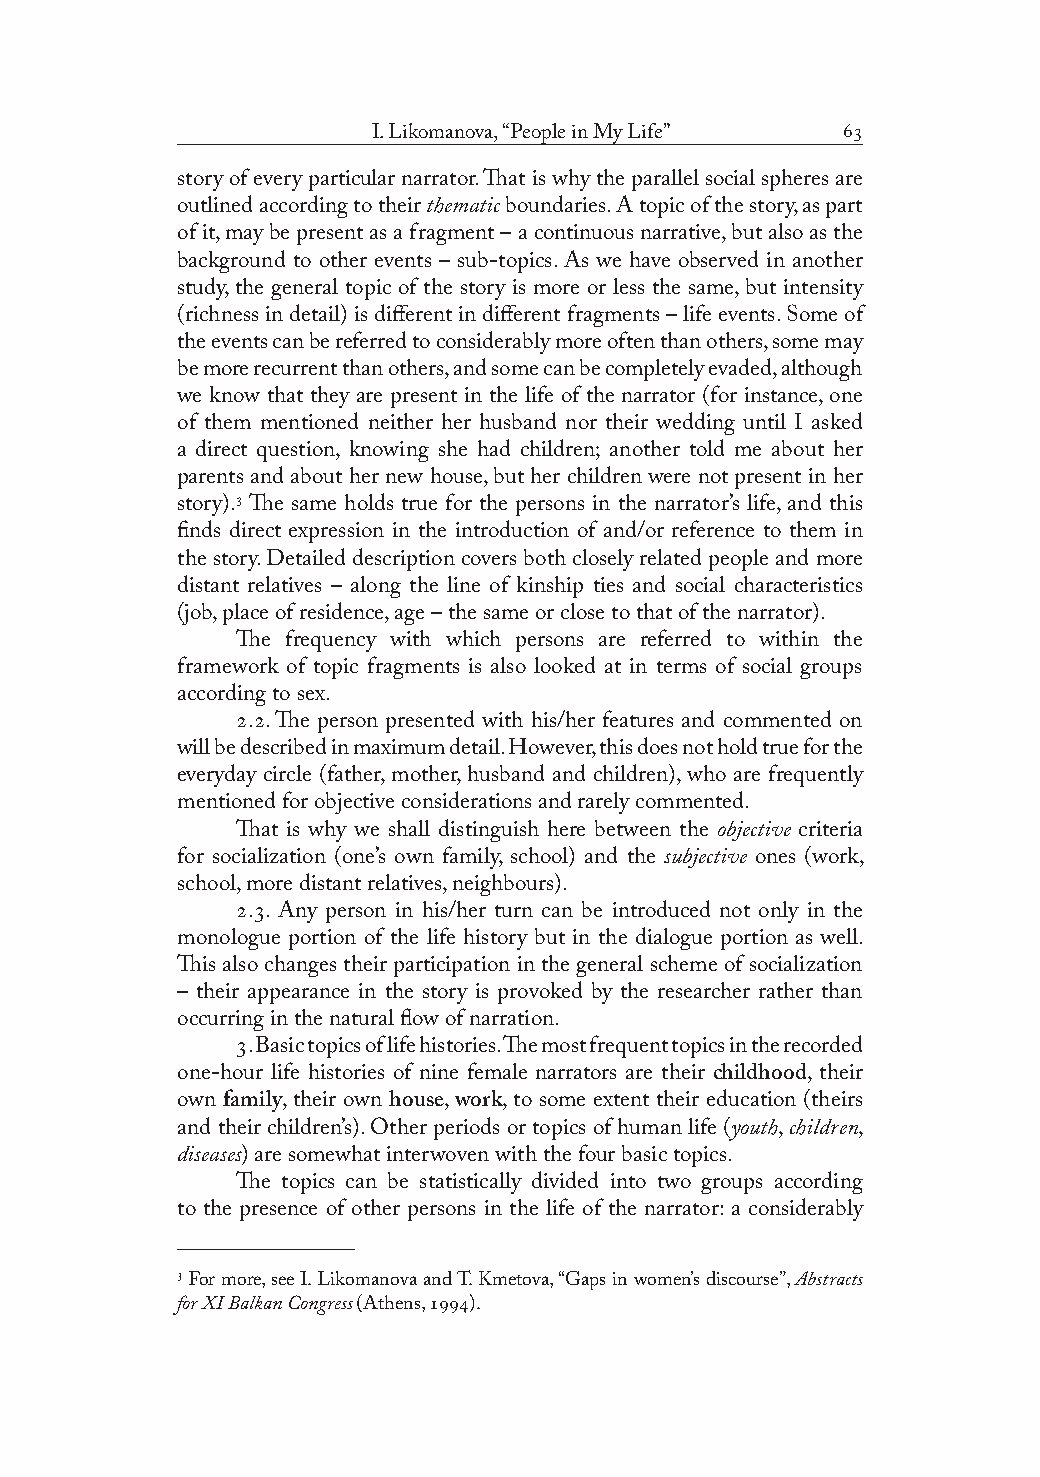
I. Likomanova, “People in My Life” 
 story of every particular narrator. That is why the parallel social spheres are
 outlined according to their thematic boundaries. A topic of the story, as part
 of it, may be present as a fragment – a continuous narrative, but also as the
 background to other events – sub-topics. As we have observed in another
 study, the general topic of the story is more or less the same, but intensity
 (richness in detail) is different in different fragments – life events. Some of
 the events can be referred to considerably more often than others, some may
 be more recurrent than others, and some can be completely evaded, although
 we know that they are present in the life of the narrator (for instance, one
 of them mentioned neither her husband nor their wedding until I asked
 a direct question, knowing she had children; another told me about her
 parents and about her new house, but her children were not present in her
 story). The same holds true for the persons in the narrator’s life, and this
 finds direct expression in the introduction of and/or reference to them in
 the story. Detailed description covers both closely related people and more
 distant relatives – along the line of kinship ties and social characteristics
 (job, place of residence, age – the same or close to that of the narrator).
 The frequency with which persons are referred to within the
 framework of topic fragments is also looked at in terms of social groups
 according to sex.
 .. The person presented with his/her features and commented on
 will be described in maximum detail. However, this does not hold true for the
 everyday circle (father, mother, husband and children), who are frequently
 mentioned for objective considerations and rarely commented.
 That is why we shall distinguish here between the objective criteria
 for socialization (one’s own family, school) and the subjective ones (work,
 school, more distant relatives, neighbours).
 .. Any person in his/her turn can be introduced not only in the
 monologue portion of the life history but in the dialogue portion as well.
 This also changes their participation in the general scheme of socialization
 – their appearance in the story is provoked by the researcher rather than
 occurring in the natural flow of narration.
 . Basic topics of life histories. The most frequent topics in the recorded
 one-hour life histories of nine female narrators are their childhood, their
 own family, their own house, work, to some extent their education (theirs
 and their children’s). Other periods or topics of human life (youth, children,
 diseases) are somewhat interwoven with the four basic topics.
 The topics can be statistically divided into two groups according
 to the presence of other persons in the life of the narrator: a considerably
  For more, see I. Likomanova and T. Kmetova, “Gaps in women’s discourse”, Abstracts
 for XI Balkan Congress (Athens, ).